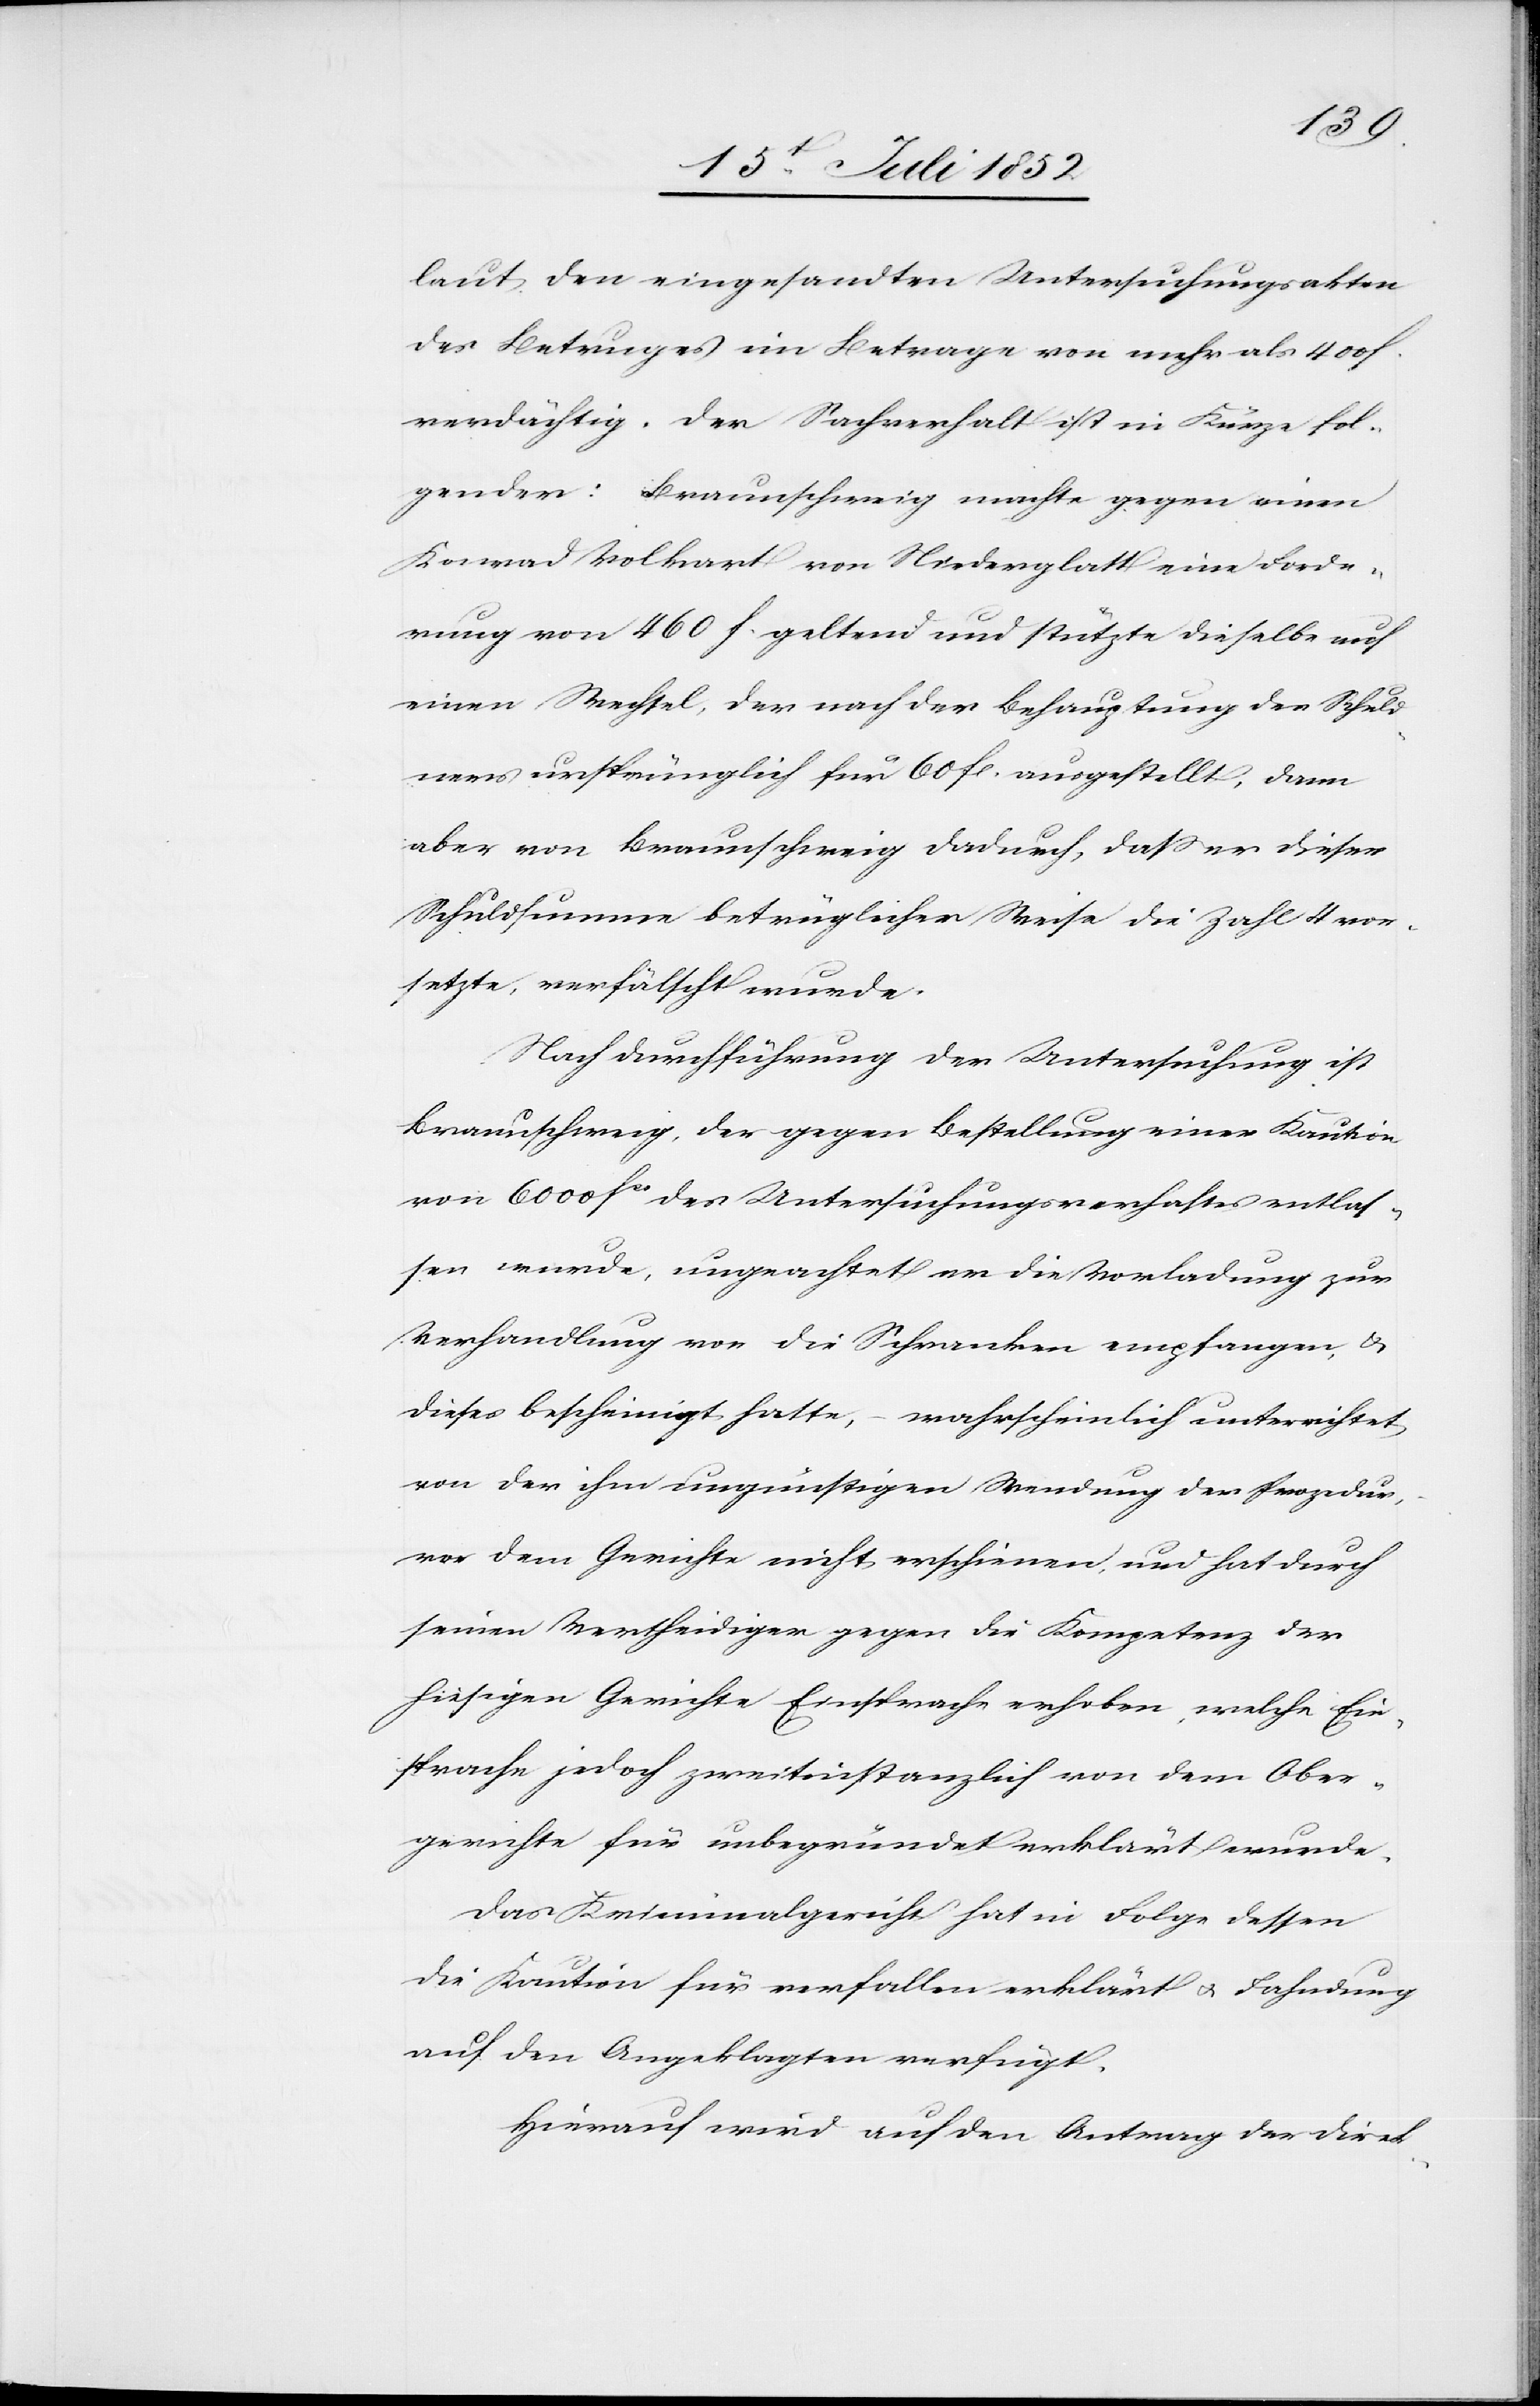
laut den eingesandten Untersuchungsakten
des Betruges im Betrage von mehr als 400 f.
verdächtig. Der Sachverhalt ist in Kürze fol¬
gender: Braunschweig machte gegen einen
Konrad Volkart von Niederglatt eine Forde¬
rung von 460 f. geltend und stützte dieselbe auf
einen Wechsel, der nach der Behauptung des Schuld¬
ners ursprünglich für 60 fl. ausgestellt, dann
aber von Braunschweig dadurch, dass er dieser
Schuldsumme betrüglicher Weise die Zahl 4 vor¬
setzte, verfälscht wurde.
Nach Durchführung der Untersuchung ist
Braunschweig, der gegen Bestellung einer Kaution
von 6000 fcs des Untersuchungsverhaftes entlas¬
sen wurde, ungeachtet er die Vorladung zur
Verhandlung vor die Schranken empfangen, &
dieses bescheinigt hatte, – wahrscheinlich unterrichtet
von der ihm ungünstigen Wendung der Prozedur,
vor dem Gerichte nicht erschienen, und hat durch
seinen Vertheidiger gegen die Kompetenz der
hiesigen Gerichte Einsprache erhoben, welche Ein¬
sprache jedoch zweitinstanzlich von dem Ober¬
gerichte für unbegründet erklärt wurde.
Das Kriminalgericht hat in Folge dessen
die Kaution für verfallen erklärt & Fahndung
auf den Angeklagten verfügt.
Hierauf wird auf den Antrag der Direk-